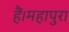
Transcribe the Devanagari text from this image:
हैं।महापुरा